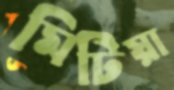
মিটিয়া